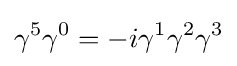
\gamma ^{5}\gamma ^{0}=-i\gamma ^{1}\gamma ^{2}\gamma ^{3}